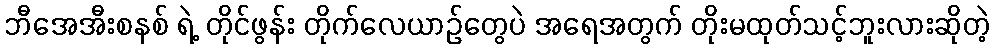
ဘီအေအီးစနစ် ရဲ့ တိုင်ဖွန်း တိုက်လေယာဉ်တွေပဲ အရေအတွက် တိုးမထုတ်သင့်ဘူးလားဆိုတဲ့